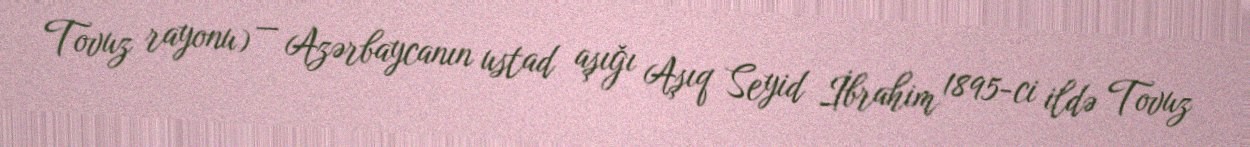
Tovuz rayonu) — Azərbaycanın ustad aşığı Aşıq Seyid İbrahim 1895-ci ildə Tovuz